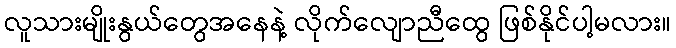
လူသားမျိုးနွယ်တွေအနေနဲ့ လိုက်လျောညီထွေ ဖြစ်နိုင်ပါ့မလား။